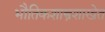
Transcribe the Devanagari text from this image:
भौतिकशास्त्रशाखेत